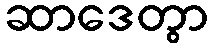
ဆာဒေတွာ